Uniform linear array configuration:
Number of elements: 12
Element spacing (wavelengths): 0.25
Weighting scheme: blackman
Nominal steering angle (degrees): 45
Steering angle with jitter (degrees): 44.665
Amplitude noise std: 0.05
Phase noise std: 0.05

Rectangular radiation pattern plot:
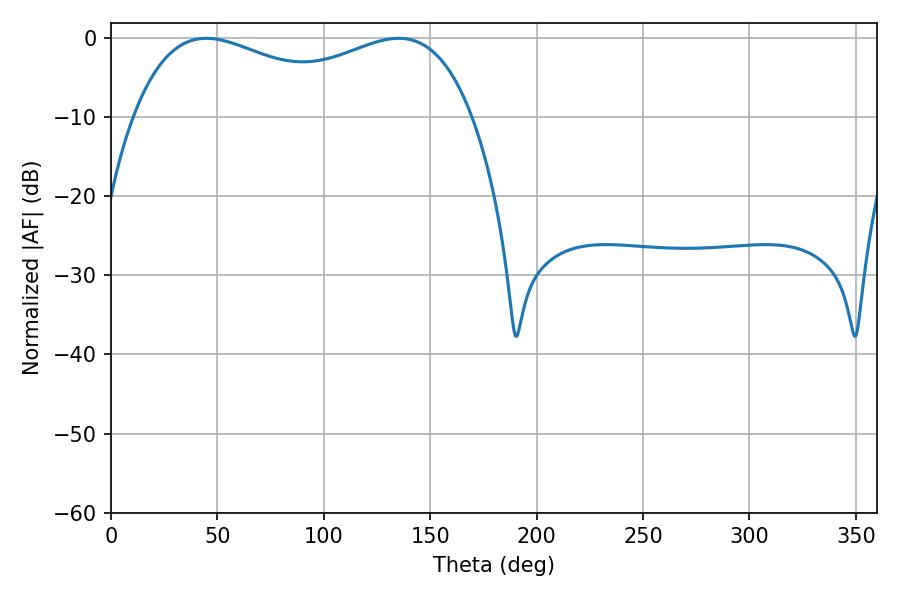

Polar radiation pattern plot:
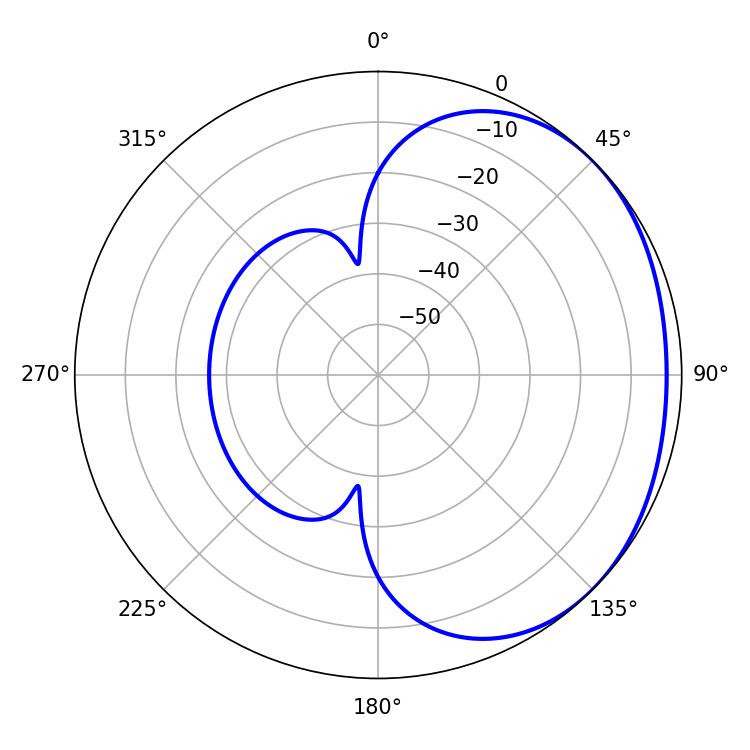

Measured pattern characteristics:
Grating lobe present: FALSE
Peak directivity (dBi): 1.607
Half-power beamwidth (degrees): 131.76
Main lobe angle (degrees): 44.82